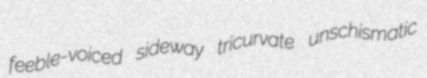
feeble-voiced sideway tricurvate unschismatic